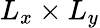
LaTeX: L_{x}\times L_{y}